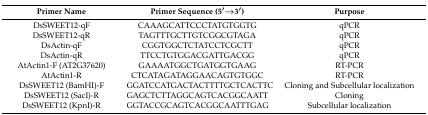
<table><thead><tr><td><b>Primer Name</b></td><td><b>Primer Sequence (5′→3′)</b></td><td><b>Purpose</b></td></tr></thead><tbody><tr><td>DsSWEET12-qF</td><td>CAAAGCATTCCCTATGTGGTG</td><td>qPCR</td></tr><tr><td>DsSWEET12-qR</td><td>TAGTTTGCTTGTCGGCGTAGA</td><td>qPCR</td></tr><tr><td>DsActin-qF</td><td>CGGTGGCTCTATCCTCGCTT</td><td>qPCR</td></tr><tr><td>DsActin-qR</td><td>TTCCTGTGGACGATTGACGG</td><td>qPCR</td></tr><tr><td>AtActin1-F (AT2G37620)</td><td>GAAAATGGCTGATGGTGAAG</td><td>RT-PCR</td></tr><tr><td>AtActin1-R</td><td>CTCATAGATAGGAACAGTGTGGC</td><td>RT-PCR</td></tr><tr><td>DsSWEET12 (BamHI)-F</td><td>GGATCCATGACTACTTTTGCTCACTTC</td><td>Cloning and Subcellular localization</td></tr><tr><td>DsSWEET12 (SacI)-R</td><td>GAGCTCTTAGGCAGTCACGGCAATT</td><td>Cloning</td></tr><tr><td>DsSWEET12 (KpnI)-R</td><td>GGTACCGCAGTCACGGCAATTTGAG</td><td>Subcellular localization</td></tr></tbody></table>